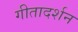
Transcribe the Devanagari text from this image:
गीतादर्शन